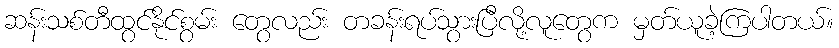
ဆန်းသစ်တီထွင်နိုင်စွမ်း တွေလည်း တခန်းရပ်သွားပြီလို့လူတွေက မှတ်ယူခဲ့ကြပါတယ်။